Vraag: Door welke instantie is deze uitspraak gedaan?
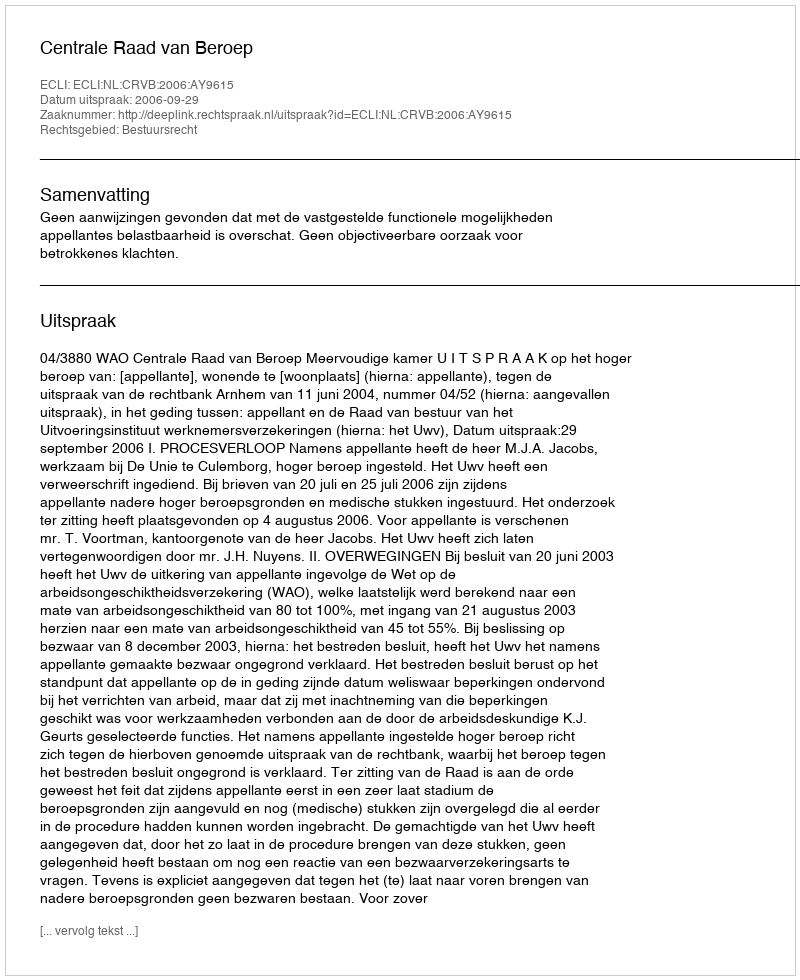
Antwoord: Centrale Raad van Beroep